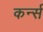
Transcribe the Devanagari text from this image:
कर्न्‍स